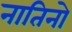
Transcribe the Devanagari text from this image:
नातिनो